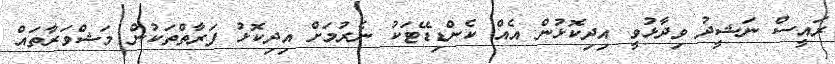
ރައީސް ނަޝީދު ވިދާޅުވީ އިދިކޮޅުން އެއް ކެންޑިޑޭޓަކު ނެރުމަށް އިދިކޮޅު ފަރާތްތަކުން މަޝްވަރާތައް